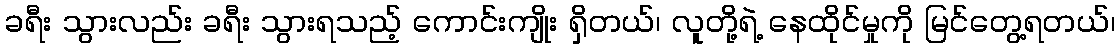
ခရီး သွားလည်း ခရီး သွားရသည့် ကောင်းကျိုး ရှိတယ်၊ လူတို့ရဲ့ နေထိုင်မှုကို မြင်တွေ့ရတယ်၊